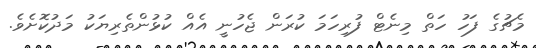
މެޗުގެ ފަހު ހަތް މިނެޓް ފުރިހަމަ ކުރަން ޖެހުނީ އެއް ކުޅުންތެރިޔަކު މަދުކޮށެވެ.